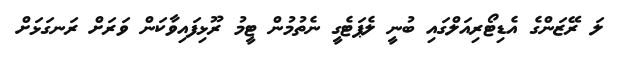
ލަ ރޭޒަންގެ އެޑިޓޯރިއަލްގައި ބުނީ ލެޕަޓެގީ ނެތުމުން ޓީމު ރޫޅިފައިވާކަން ވަރަށް ރަނގަޅަށް